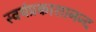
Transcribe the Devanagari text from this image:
स्वयंप्रकाशानन्द